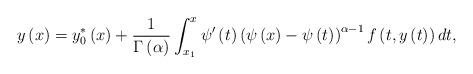
LaTeX: \begin{align*}y\left( x\right) =y_{0}^{\ast }\left( x\right) +\frac{1}{\Gamma \left(\alpha \right) }\int_{x_{1}}^{x}\psi ^{\prime }\left( t\right) \left( \psi\left( x\right) -\psi \left( t\right) \right) ^{\alpha -1}f\left( t,y\left(t\right) \right) dt,\end{align*}